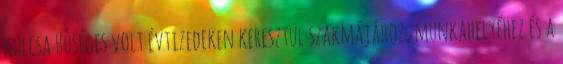
kulcsa Hûséges volt évtizedeken keresztül szakmájához, munkahelyéhez és a